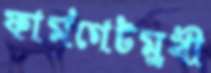
ফার্মগেটমুখী